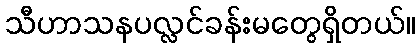
သီဟာသနပလ္လင်ခန်းမတွေရှိတယ်။